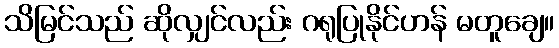
သိမြင်သည် ဆိုလျှင်လည်း ဂရုပြုနိုင်ဟန် မတူချေ။